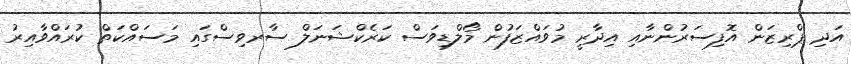
އަދި ޕްރިޒަން އޮފިސަރުންނާއި އިދާރީ މުވައްޒަފުން މޯލްޑިވަސް ކަރެކްޝަނަލް ސާރވިސްގައި މަސައްކަތް ކުރައްވާއިރު